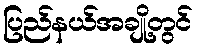
ပြည်နယ်အချို့တွင်